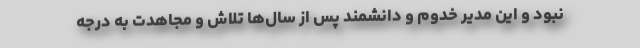
نبود و این مدیر خدوم و دانشمند پس از سال‌ها تلاش و مجاهدت به درجه